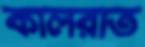
কালরাত